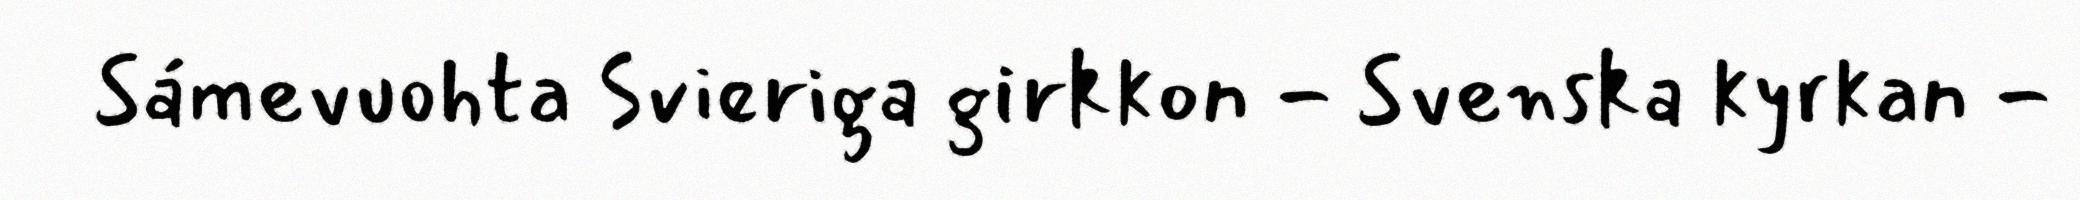
Sámevuohta Svieriga girkkon - Svenska kyrkan -